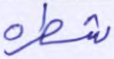
شطره